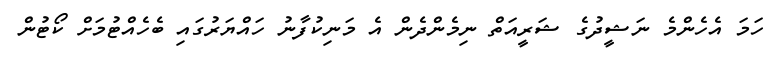
ހަމަ އެހެންމެ ނަޝީދުގެ ޝަރީއަތް ނިމެންދެން އެ މަނިކުފާނު ހައްޔަރުގައި ބެހެއްޓުމަށް ކޯޓުން